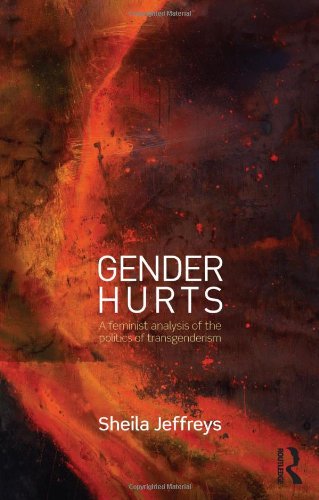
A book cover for Gender Hurts: A Feminist Analysis of the Politics of Transgenderism; Sheila Jeffreys; Gay & Lesbian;